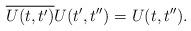
LaTeX: \begin{align*}\overline{U(t,t')} U(t' , t'') = U(t,t'').\end{align*}